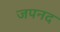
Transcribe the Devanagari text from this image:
जपनद